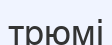
трюмі